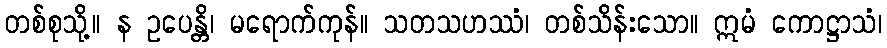
တစ်စုသို့။ န ဥပေန္တိ၊ မရောက်ကုန်။ သတသဟဿံ၊ တစ်သိန်းသော။ ဣမံ ကောဋ္ဌာသံ၊